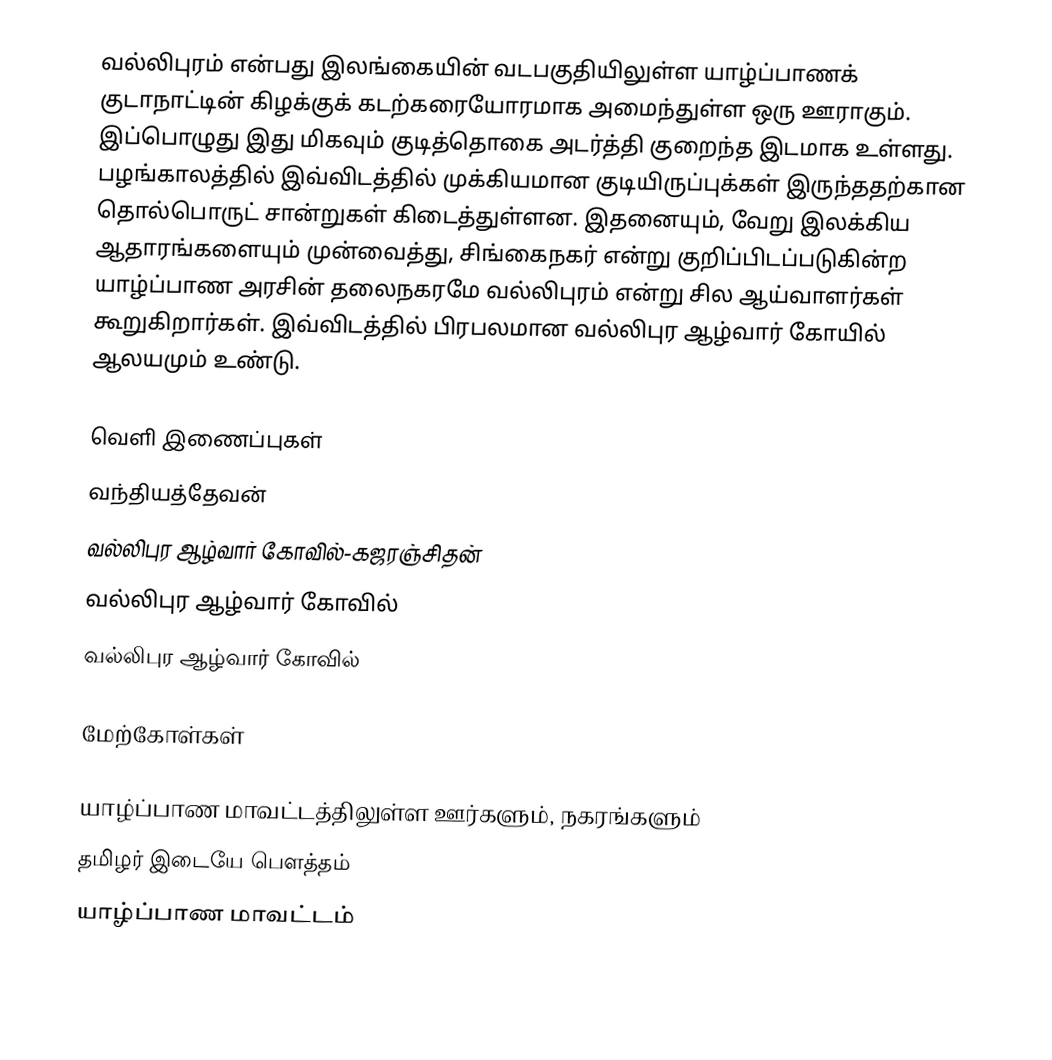
வல்லிபுரம் என்பது இலங்கையின் வடபகுதியிலுள்ள யாழ்ப்பாணக் குடாநாட்டின் கிழக்குக் கடற்கரையோரமாக அமைந்துள்ள ஒரு ஊராகும். இப்பொழுது இது மிகவும் குடித்தொகை அடர்த்தி குறைந்த இடமாக உள்ளது. பழங்காலத்தில் இவ்விடத்தில் முக்கியமான குடியிருப்புக்கள் இருந்ததற்கான தொல்பொருட் சான்றுகள் கிடைத்துள்ளன. இதனையும், வேறு இலக்கிய ஆதாரங்களையும் முன்வைத்து, சிங்கைநகர் என்று குறிப்பிடப்படுகின்ற யாழ்ப்பாண அரசின் தலைநகரமே வல்லிபுரம் என்று சில ஆய்வாளர்கள் கூறுகிறார்கள். இவ்விடத்தில் பிரபலமான வல்லிபுர ஆழ்வார் கோயில் ஆலயமும் உண்டு.

வெளி இணைப்புகள்
வந்தியத்தேவன்
வல்லிபுர ஆழ்வார் கோவில்-கஜரஞ்சிதன்
வல்லிபுர ஆழ்வார் கோவில்
வல்லிபுர ஆழ்வார் கோவில்

மேற்கோள்கள்

யாழ்ப்பாண மாவட்டத்திலுள்ள ஊர்களும், நகரங்களும்
தமிழர் இடையே பௌத்தம்
யாழ்ப்பாண மாவட்டம்